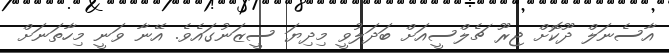
އާސެނަލް ދޫކޮށް ޖިރޫ ޗެލްސީއަށް ބަދަލުވީ މިދިޔަ ސީޒަނުގައެވެ. އޭނާ ވަނީ މިހާތަނަށް